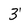
Character: 3